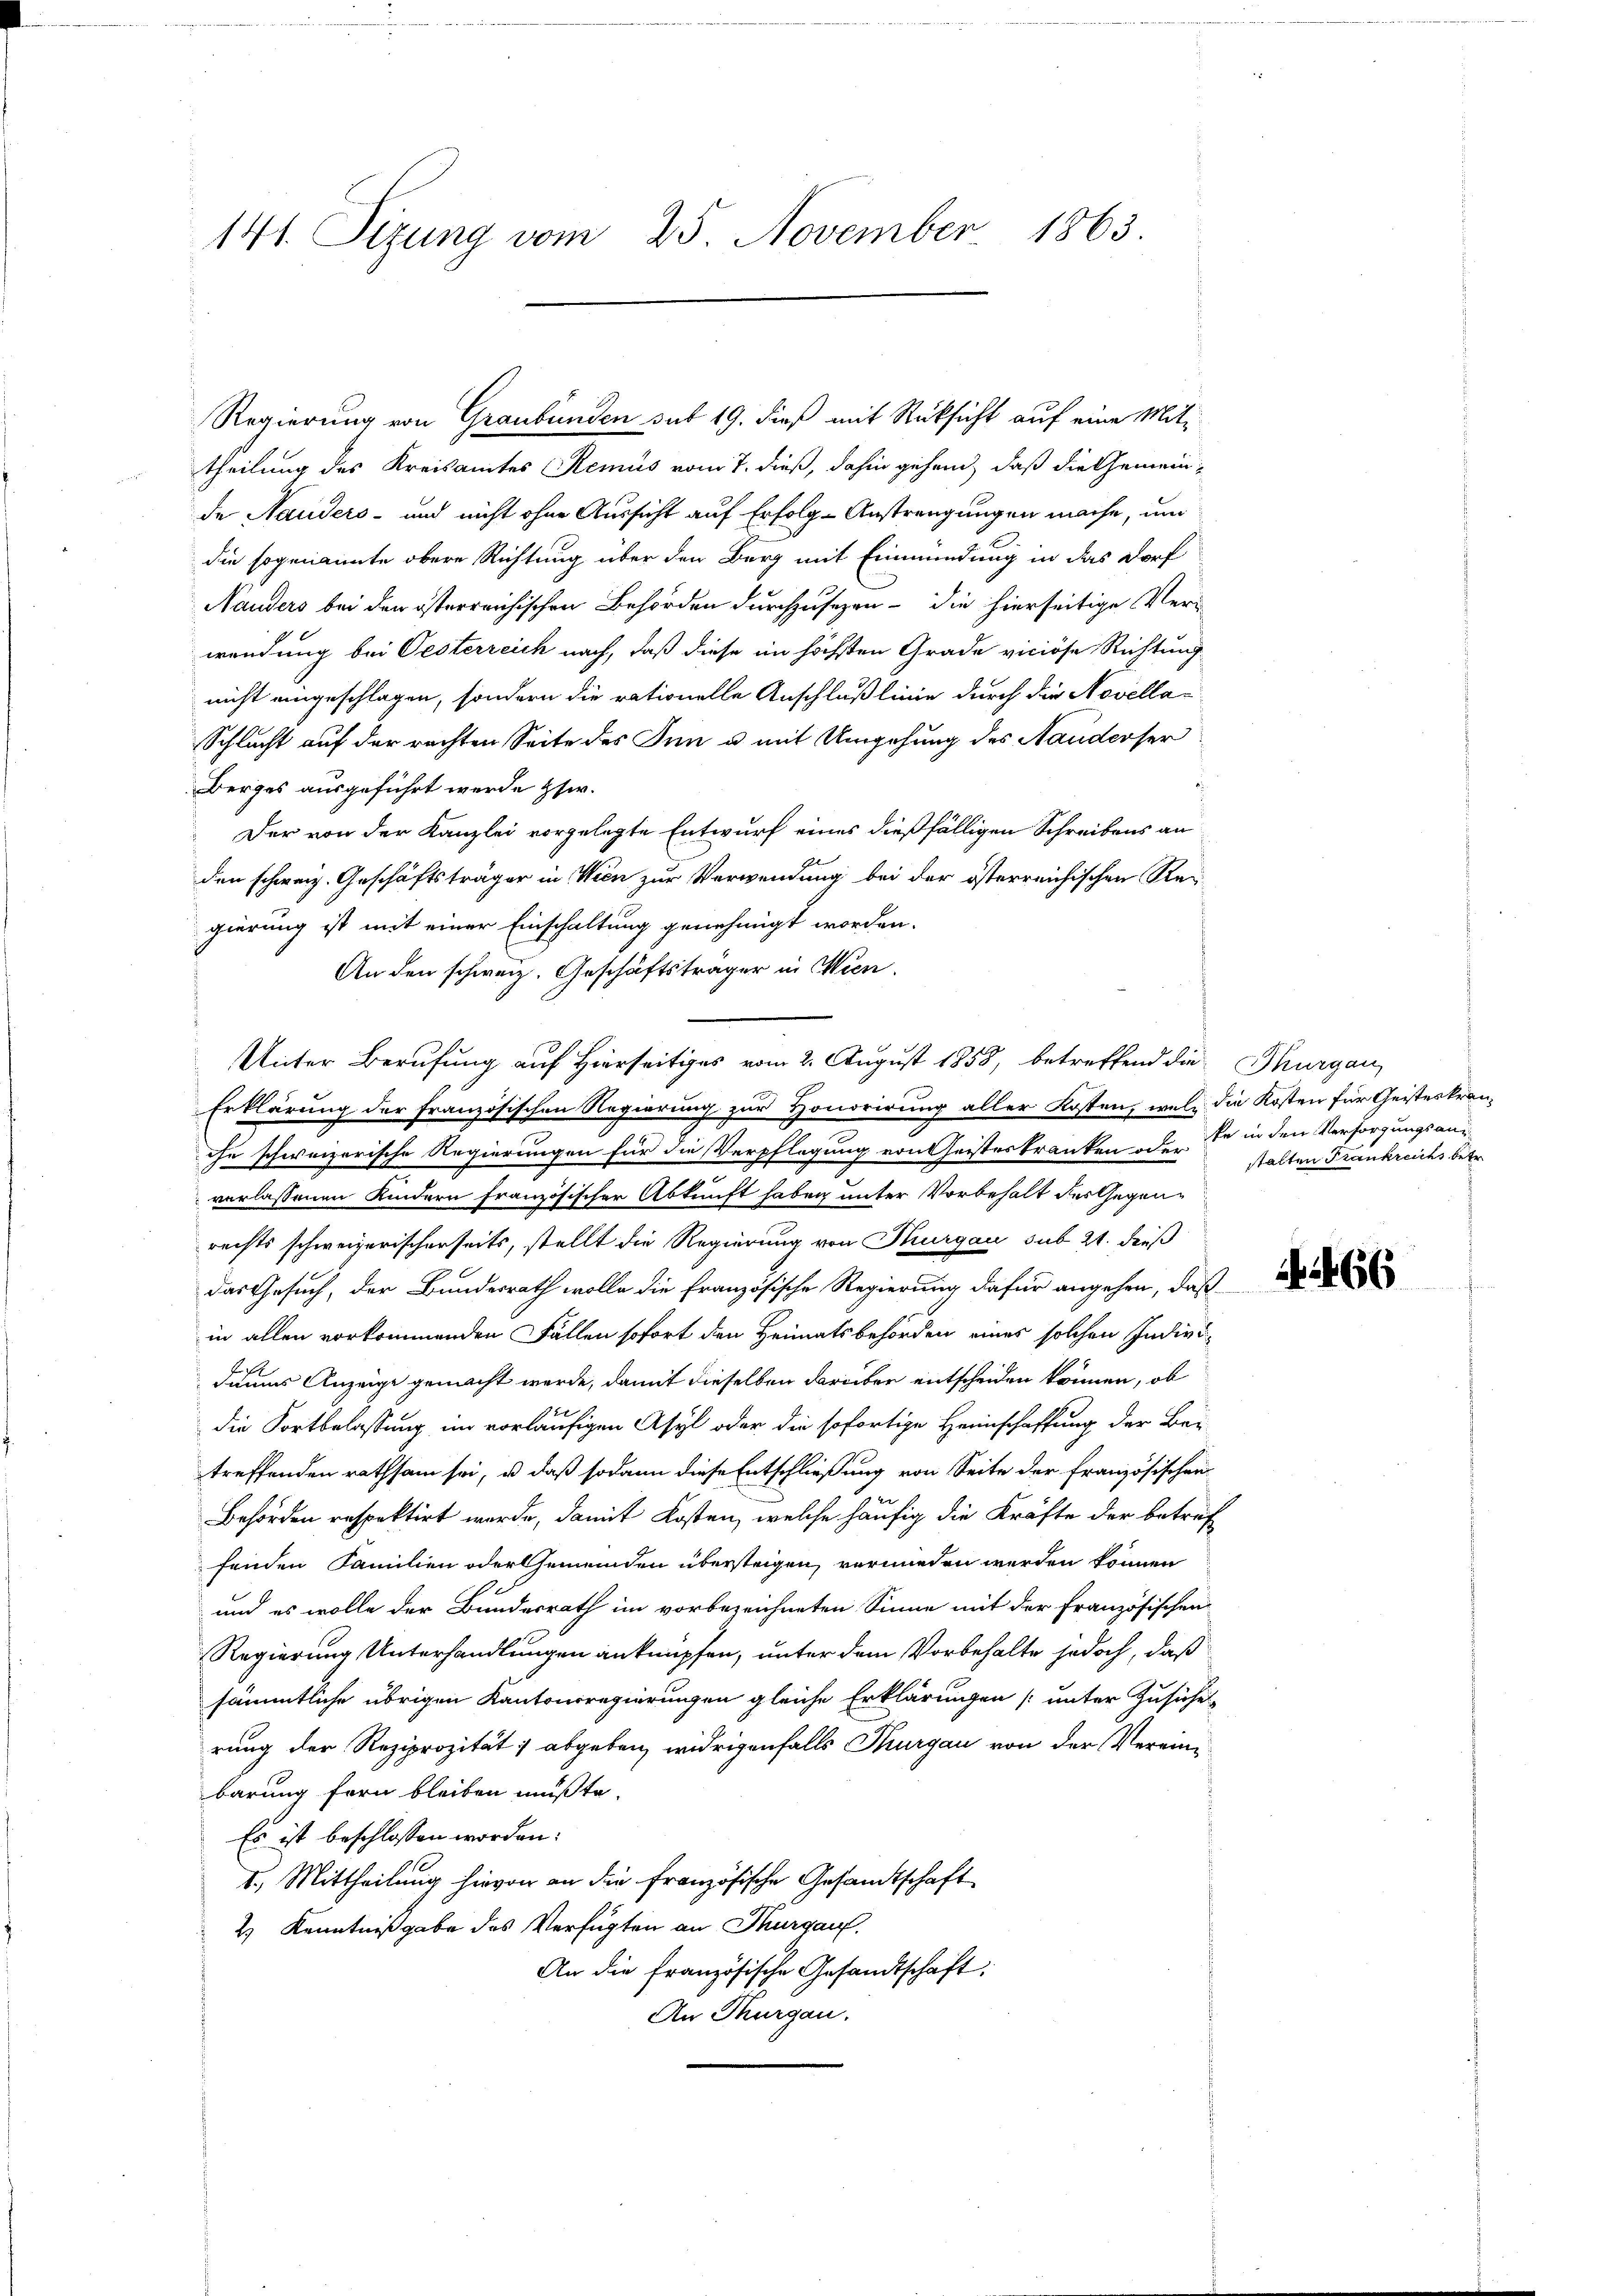
141. Sizung vom 25. November 1863

Regierung von Graubünden sub 19. dieß mit Rücksicht auf eine Mittheilung des Kreisamtes Remus vom 7. dieß, dahin gehend, daß die Gemeinde Nauders- und nicht ohne Aussicht auf Erfolg-Anstrengungen mache, um
die sogenannte obere Richtung über den Berg mit Einmündung in das Dorf
Nauders bei den österreichischen Behörden durchzusezen – die hierseitige Verwendung bei Oesterreich nach, daß diese im höchsten Grade viciöse Richtung
nicht eingeschlagen, sondern die rationelle Anschluß linie durch die Novella¬
Schlucht auf der rachten Seite des Inn u. mit Umgehung des Handerser
Berges ausgeführt werde ssw.
Der von der Kanzlei vorgelegte Entwurf eines dießfälligen Schreibens an
den schweiz. Geschäftsträger in Wien zur Verwendung bei der österreichischen Re-
gierung ist mit einer Einschaltung genehmigt worden.
An den schweiz. Geschäftsträger in Wien,
Unter Berufung auf Hierseitiges vom 2. August 1858, betreffend die Thurgau
Erklärung der französischen Regierung zur Honorirung aller Kosten, wel die Kosten für Geisteskran-
che schweizerische Regierungen für die Verpflegung von Geisteskranken oder stalten Frankreichs betr.
verlassenen Kindern französischer Abkunft haben unter Vorbehalt des Gegenrechts schweizerischerseits, stellt die Regierung von Thurgau sub 21. dieß
das Gesuch, der Bundesrath wolle die französische Regierung dafür angehen, daß
in allen vorkommenden Fällen sofort den Heimatsbehörden eines solchen Indivi
daums Anzeige gemacht werde, damit dieselben darüber entscheiden können, ob
die Fortbelassung im vorläufigen Asyl oder die sofortige Heimschaffung der Bei
treffenden rathsam sei, u daß sodann diese Entschließung von Seite der Französischen
Behörden respektirt werde, damit Kosten, welche häufig die Kräfte der betref
fenden Familien oder Gemeinden übersteigen, verwieden werden können
und es wolle der Bundesrath im vorbezeichneten Sinne mit der Französischen
Regierung Unterhandlungen anknüpfen, unter dem Vorbehalte jedoch, daß
sämmtliche übrigen Kantonsregierungen gleiche Erklärungen (unter Zusiche
rung der Reziprozität; abgeben widrigenfalls Thurgau von der Vereini
barung fern bleiben mußte.
Es ist beschlossen worden:
1.) Mittheilung hievon an die französische Gesandtschaft
2) Kenntnißgabe das Verfügten an Thurgau.
An die französische Gesandtschaft
An Thurgau.

ke in den Versorgungsans

66